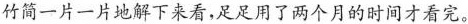
竹简一片一片地解下来看，足足用了两个月的时间才看完。